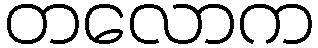
တလောက